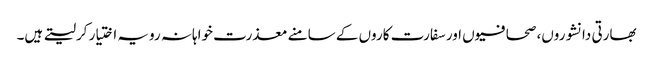
بھارتی دانشوروں، صحافیوں اور سفارت کاروں کے سامنے معذرت خواہانہ رویہ اختیار کرلیتے ہیں۔